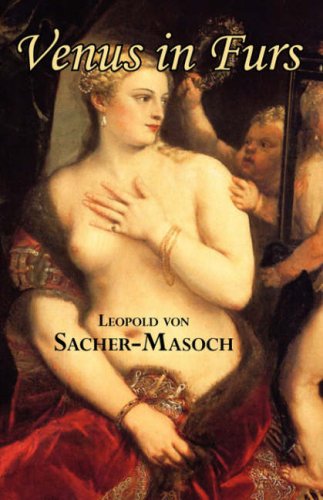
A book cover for Venus in Furs; Leopold von Sacher-Masoch; Romance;